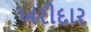
ખરીદાર